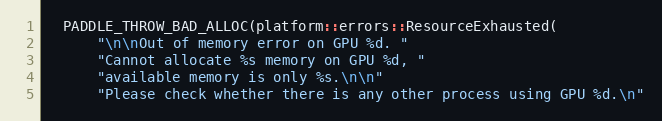
Language: C++
  PADDLE_THROW_BAD_ALLOC(platform::errors::ResourceExhausted(
      "\n\nOut of memory error on GPU %d. "
      "Cannot allocate %s memory on GPU %d, "
      "available memory is only %s.\n\n"
      "Please check whether there is any other process using GPU %d.\n"